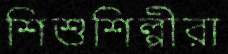
শিশুশিল্পীরা